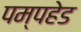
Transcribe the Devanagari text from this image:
पम्पहेड